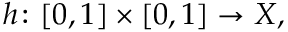
h \colon [ 0 , 1 ] \times [ 0 , 1 ] \to X ,